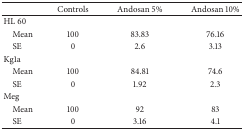
<table><thead><tr><td><b> </b></td><td><b>Controls</b></td><td><b>Andosan 5%</b></td><td><b>Andosan 10%</b></td></tr></thead><tbody><tr><td>HL 60</td><td> </td><td> </td><td> </td></tr><tr><td> Mean</td><td>100</td><td>83.83</td><td>76.16</td></tr><tr><td> SE</td><td>0</td><td>2.6</td><td>3.13</td></tr><tr><td>Kg1a</td><td> </td><td> </td><td> </td></tr><tr><td> Mean</td><td>100</td><td>84.81</td><td>74.6</td></tr><tr><td> SE</td><td>0</td><td>1.92</td><td>2.3</td></tr><tr><td>Meg</td><td> </td><td> </td><td> </td></tr><tr><td> Mean</td><td>100</td><td>92</td><td>83</td></tr><tr><td> SE</td><td>0</td><td>3.16</td><td>4.1</td></tr></tbody></table>